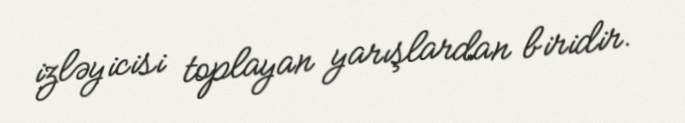
izləyicisi toplayan yarışlardan biridir.